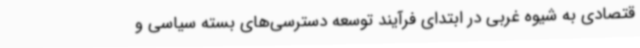
قتصادی به شیوه غربی در ابتدای فرآیند توسعه دسترسی‌های بسته سیاسی و